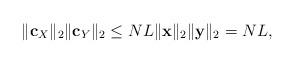
LaTeX: \begin{align*}\|\mathbf{c}_X \|_2\|\mathbf{c}_Y \|_2\leq NL \|\mathbf{x}\|_2\|\mathbf{y}\|_2=NL,\end{align*}